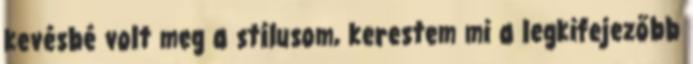
kevésbé volt meg a stílusom, kerestem mi a legkifejezőbb